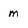
Character: m